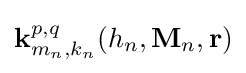
\mathbf {\mathbf {k} } _{m_{n},k_{n}}^{p,q}(h_{n},\mathbf {M} _{n},\mathbf {r} )